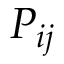
P _ { i j }